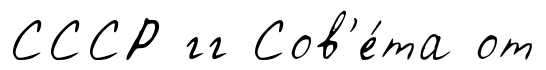
СССР гг Сов'е́та от